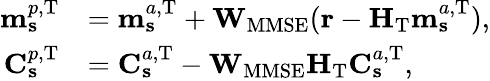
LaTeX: \begin{array}{rl}{\mathbf{m}_{\mathbf{s}}^{p,\mathrm{T}}}&{=\mathbf{m}_{\mathbf{s}}^{a,\mathrm{T}}+\mathbf{W}_{\mathrm{MMSE}}(\mathbf{r}-\mathbf{H}_{\mathrm{T}}\mathbf{m}_{\mathbf{s}}^{a,\mathrm{T}}),}\\ {\mathbf{C}_{\mathbf{s}}^{p,\mathrm{T}}}&{=\mathbf{C}_{\mathbf{s}}^{a,\mathrm{T}}-\mathbf{W}_{\mathrm{MMSE}}\mathbf{H}_{\mathrm{T}}\mathbf{C}_{\mathbf{s}}^{a,\mathrm{T}},}\end{array}